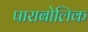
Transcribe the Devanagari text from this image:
पाराबोलिक